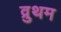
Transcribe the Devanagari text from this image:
व्रुथम